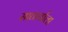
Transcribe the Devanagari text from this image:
सातार्याला